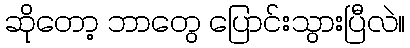
ဆိုတော့ ဘာတွေ ပြောင်းသွားပြီလဲ။